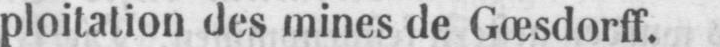
ploitation des mines de Gœsdorff.